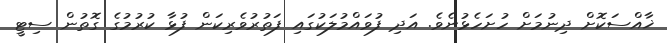
ޚާއްސަކޮށް ދިނުމަށް ހުށަހެޅުނެވެ. އަދި ފުވައްމުލަކުގައި ފަތުރުވެރިކަން ފުޅާ ކުރުމުގެ ގޮތުން ސިޓީ